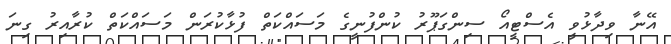
އޭނާ ވިދާޅުވީ އެސްޓީއޯ ސިންގަޕޫރު ކުންފުނީގެ މަސައްކަތް ފުޅާކުރަން މަސައްކަތް ކުރާއިރު ގިނަ